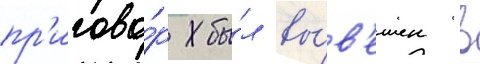
пр'игово́р бы́л вы́в'ешен в